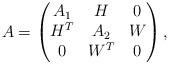
LaTeX: \begin{align*} A=\begin{pmatrix}A_1 & H & 0\\ H^{T} & A_2 & W \\ 0 & W^{T} & 0 \end{pmatrix},\end{align*}